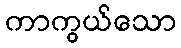
ကာကွယ်သော